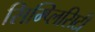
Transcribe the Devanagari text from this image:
सिम्प्लिसिटी